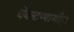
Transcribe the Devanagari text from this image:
वेंकटप्पागौड़ा